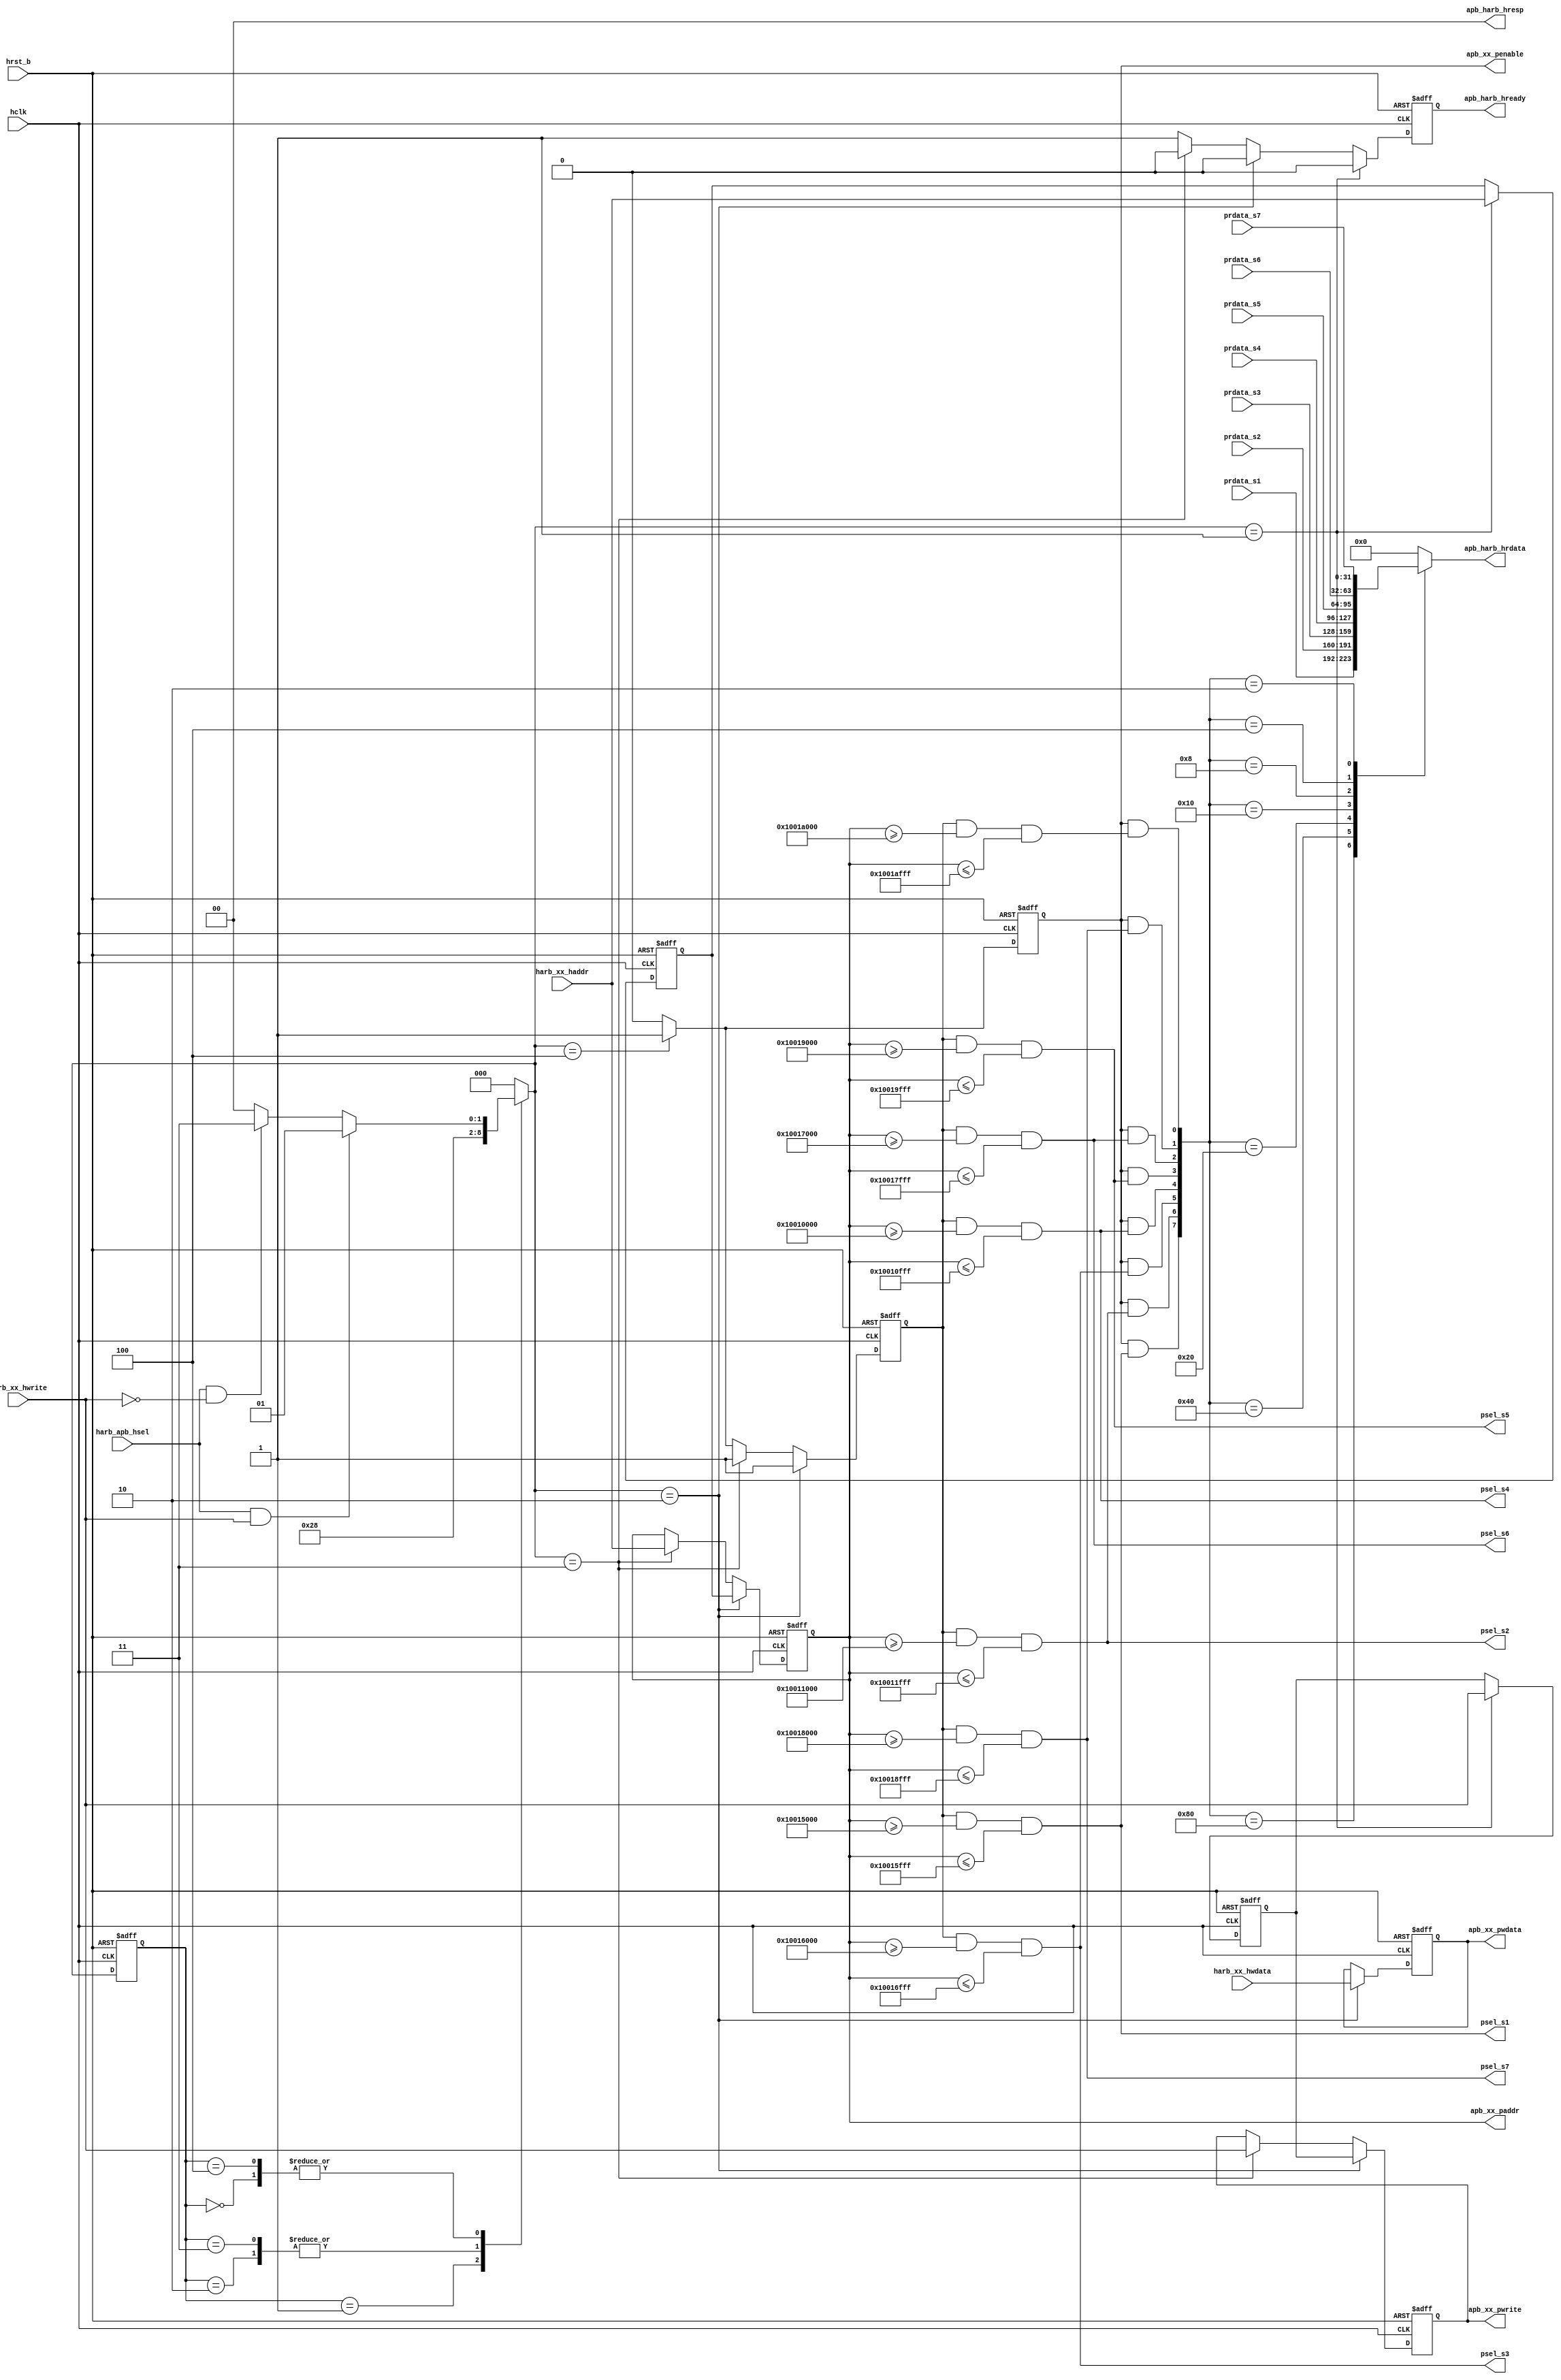
// This program was cloned from: https://github.com/T-head-Semi/openc910
// License: Apache License 2.0

/*Copyright 2019-2021 T-Head Semiconductor Co., Ltd.

Licensed under the Apache License, Version 2.0 (the "License");
you may not use this file except in compliance with the License.
You may obtain a copy of the License at

    http://www.apache.org/licenses/LICENSE-2.0

Unless required by applicable law or agreed to in writing, software
distributed under the License is distributed on an "AS IS" BASIS,
WITHOUT WARRANTIES OR CONDITIONS OF ANY KIND, either express or implied.
See the License for the specific language governing permissions and
limitations under the License.
*/



















`define PS1_BASE_START 40'h10015000
`define PS1_BASE_END   40'h10015fff

`define PS2_BASE_START 40'h10011000
`define PS2_BASE_END   40'h10011fff

`define PS3_BASE_START 40'h10016000
`define PS3_BASE_END   40'h10016fff

`define PS4_BASE_START 40'h10010000
`define PS4_BASE_END   40'h10010fff

`define PS5_BASE_START 40'h10019000
`define PS5_BASE_END   40'h10019fff

`define PS6_BASE_START 40'h10017000
`define PS6_BASE_END   40'h10017fff

`define PS7_BASE_START 40'h10018000
`define PS7_BASE_END   40'h10018fff

`define PS8_BASE_START 40'h1001A000
`define PS8_BASE_END   40'h1001Afff


module apb_bridge(
  apb_harb_hrdata,
  apb_harb_hready,
  apb_harb_hresp,
  apb_xx_paddr,
  apb_xx_penable,
  apb_xx_pwdata,
  apb_xx_pwrite,
  harb_apb_hsel,
  harb_xx_haddr,
  harb_xx_hwdata,
  harb_xx_hwrite,
  hclk,
  hrst_b,
  prdata_s1,
  prdata_s2,
  prdata_s3,
  prdata_s4,
  prdata_s5,
  prdata_s6,
  prdata_s7,
  psel_s1,
  psel_s2,
  psel_s3,
  psel_s4,
  psel_s5,
  psel_s6,
  psel_s7
);


input           harb_apb_hsel;  
input   [39:0]  harb_xx_haddr;  
input   [31:0]  harb_xx_hwdata; 
input           harb_xx_hwrite; 
input           hclk;           
input           hrst_b;         
input   [31:0]  prdata_s1;      
input   [31:0]  prdata_s2;      
input   [31:0]  prdata_s3;      
input   [31:0]  prdata_s4;      
input   [31:0]  prdata_s5;      
input   [31:0]  prdata_s6;      
input   [31:0]  prdata_s7;      
output  [31:0]  apb_harb_hrdata; 
output          apb_harb_hready; 
output  [1 :0]  apb_harb_hresp; 
output  [39:0]  apb_xx_paddr;   
output          apb_xx_penable; 
output  [31:0]  apb_xx_pwdata;  
output          apb_xx_pwrite;  
output          psel_s1;        
output          psel_s2;        
output          psel_s3;        
output          psel_s4;        
output          psel_s5;        
output          psel_s6;        
output          psel_s7;        


reg     [31:0]  apb_harb_hrdata; 
reg             apb_harb_hready; 
reg     [39:0]  apb_xx_paddr;   
reg             apb_xx_penable; 
reg             apb_xx_psel;    
reg     [31:0]  apb_xx_pwdata;  
reg             apb_xx_pwrite;  
reg     [2 :0]  cur_state;      
reg     [39:0]  haddr_latch;    
reg             hwrite_latch;   
reg     [2 :0]  nxt_state;      


wire    [1 :0]  apb_harb_hresp; 
wire            busy_s1;        
wire            busy_s2;        
wire            busy_s3;        
wire            busy_s4;        
wire            busy_s5;        
wire            busy_s6;        
wire            busy_s7;        
wire            busy_s8;        
wire            enable_latch;   
wire            enable_r_select; 
wire            harb_apb_hsel;  
wire    [39:0]  harb_xx_haddr;  
wire    [31:0]  harb_xx_hwdata; 
wire            harb_xx_hwrite; 
wire            hclk;           
wire            hrst_b;         
wire            idle_latch;     
wire            idle_r_select;  
wire    [31:0]  prdata_s1;      
wire    [31:0]  prdata_s2;      
wire    [31:0]  prdata_s3;      
wire    [31:0]  prdata_s4;      
wire    [31:0]  prdata_s5;      
wire    [31:0]  prdata_s6;      
wire    [31:0]  prdata_s7;      
wire            psel_s1;        
wire            psel_s2;        
wire            psel_s3;        
wire            psel_s4;        
wire            psel_s5;        
wire            psel_s6;        
wire            psel_s7;        
wire            psel_s8;        



assign apb_harb_hresp[1:0] = 2'b0;


parameter IDLE     = 3'b000;
parameter LATCH    = 3'b001;
parameter W_SELECT = 3'b010;
parameter R_SELECT = 3'b011;
parameter ENABLE   = 3'b100;

always @(posedge hclk or negedge hrst_b)
begin
  if(!hrst_b) 
  begin
    cur_state[2:0] <= IDLE;
  end
  else 
  begin
    cur_state[2:0] <= nxt_state[2:0];
  end
end

assign idle_latch       = harb_apb_hsel && harb_xx_hwrite;
assign idle_r_select    = harb_apb_hsel && !harb_xx_hwrite;
assign enable_latch     = harb_apb_hsel && harb_xx_hwrite;
assign enable_r_select  = harb_apb_hsel && !harb_xx_hwrite;


always @( enable_r_select
       or idle_latch
       or idle_r_select
       or enable_latch
       or cur_state[2:0])
begin
nxt_state[2:0] = IDLE;
case(cur_state[2:0])
  IDLE: 
  begin
    if(idle_latch) 
    begin
      nxt_state[2:0] = LATCH;
    end
    else if(idle_r_select)
    begin
      nxt_state[2:0] = R_SELECT;
    end
    else
    begin
      nxt_state[2:0] = IDLE;
    end
  end
  LATCH: 
  begin
    nxt_state[2:0] = W_SELECT;
  end
  W_SELECT: 
  begin
    nxt_state[2:0] = ENABLE;
  end
  R_SELECT: 
  begin
    nxt_state[2:0] = ENABLE;
  end
  ENABLE: 
  begin
    if(enable_latch) 
    begin
      nxt_state[2:0] = LATCH;
    end
    else if(enable_r_select)
    begin
      nxt_state[2:0] = R_SELECT;
    end
    else
    begin
      nxt_state[2:0] = IDLE;
    end
  end
endcase

end


always @(posedge hclk or negedge hrst_b)
begin
  if(!hrst_b) 
  begin
    haddr_latch[39:0]  <= 40'b0;
    hwrite_latch       <= 1'b0;
  end
  else if(nxt_state[2:0]==LATCH) 
  begin
    haddr_latch[39:0] <= harb_xx_haddr[39:0];
    hwrite_latch      <= harb_xx_hwrite;
  end
  else 
  begin
    haddr_latch[39:0] <= haddr_latch[39:0];
    hwrite_latch      <= hwrite_latch;
  end
end

always @(posedge hclk or negedge hrst_b)
begin
  if(!hrst_b) 
  begin
    apb_xx_paddr[39:0]  <= 40'b0;
    apb_xx_pwrite       <= 1'b0;
  end
  else if(nxt_state[2:0]==W_SELECT) 
  begin
    apb_xx_paddr[39:0]  <= haddr_latch[39:0];
    apb_xx_pwrite       <= hwrite_latch;
  end
  else if(nxt_state[2:0]==R_SELECT) 
  begin
    apb_xx_paddr[39:0]  <= harb_xx_haddr[39:0];
    apb_xx_pwrite       <= harb_xx_hwrite;
  end
  else 
  begin
    apb_xx_paddr[39:0]  <= apb_xx_paddr[39:0];
    apb_xx_pwrite       <= apb_xx_pwrite;
  end
end

always @(posedge hclk or negedge hrst_b)
begin
  if(!hrst_b) 
  begin
    apb_xx_pwdata[31:0] <= 32'b0;
  end
  else if(nxt_state[2:0]==W_SELECT) 
  begin
    apb_xx_pwdata[31:0] <= harb_xx_hwdata[31:0];
  end
  else 
  begin
    apb_xx_pwdata[31:0] <= apb_xx_pwdata[31:0];
  end
end

always @(posedge hclk or negedge hrst_b)
begin
  if(!hrst_b)
  begin
    apb_xx_psel <= 1'b0;
  end
  else if(nxt_state[2:0]==W_SELECT)
  begin
    apb_xx_psel <= 1'b1;
  end
  else if(nxt_state[2:0]==R_SELECT)
  begin
    apb_xx_psel <= 1'b1;
  end
  else if(nxt_state[2:0]==ENABLE)
  begin
    apb_xx_psel <= 1'b1;
  end
  else
  begin
    apb_xx_psel <= 1'b0;
  end
end

always @(posedge hclk or negedge hrst_b)
begin
  if(!hrst_b)
  begin
    apb_xx_penable <= 1'b0;
  end
  else if(nxt_state[2:0]==ENABLE)
  begin
    apb_xx_penable <= 1'b1;
  end
  else
  begin
    apb_xx_penable <= 1'b0;
  end
end

always @(posedge hclk or negedge hrst_b)
begin
  if(!hrst_b)
  begin
    apb_harb_hready <= 1'b1;
  end
  else if(nxt_state[2:0]==LATCH)
  begin
    apb_harb_hready <= 1'b0;
  end
  else if(nxt_state[2:0]==W_SELECT)
  begin
    apb_harb_hready <= 1'b0;
  end
  else if(nxt_state[2:0]==R_SELECT)
  begin
    apb_harb_hready <= 1'b0;
  end
  else
  begin
    apb_harb_hready <= 1'b1;
  end
end


assign psel_s1 = apb_xx_psel && (apb_xx_paddr>=`PS1_BASE_START) && (apb_xx_paddr<=`PS1_BASE_END);
assign psel_s2 = apb_xx_psel && (apb_xx_paddr>=`PS2_BASE_START) && (apb_xx_paddr<=`PS2_BASE_END);
assign psel_s3 = apb_xx_psel && (apb_xx_paddr>=`PS3_BASE_START) && (apb_xx_paddr<=`PS3_BASE_END);
assign psel_s4 = apb_xx_psel && (apb_xx_paddr>=`PS4_BASE_START) && (apb_xx_paddr<=`PS4_BASE_END);
assign psel_s5 = apb_xx_psel && (apb_xx_paddr>=`PS5_BASE_START) && (apb_xx_paddr<=`PS5_BASE_END);
assign psel_s6 = apb_xx_psel && (apb_xx_paddr>=`PS6_BASE_START) && (apb_xx_paddr<=`PS6_BASE_END);
assign psel_s7 = apb_xx_psel && (apb_xx_paddr>=`PS7_BASE_START) && (apb_xx_paddr<=`PS7_BASE_END);
assign psel_s8 = apb_xx_psel && (apb_xx_paddr>=`PS8_BASE_START) && (apb_xx_paddr<=`PS8_BASE_END);















assign busy_s1 = apb_xx_penable && psel_s1;
assign busy_s2 = apb_xx_penable && psel_s2;
assign busy_s3 = apb_xx_penable && psel_s3;
assign busy_s4 = apb_xx_penable && psel_s4;
assign busy_s5 = apb_xx_penable && psel_s5;
assign busy_s6 = apb_xx_penable && psel_s6;
assign busy_s7 = apb_xx_penable && psel_s7;
assign busy_s8 = apb_xx_penable && psel_s8;


always @( busy_s3
       or busy_s4
       or busy_s7
       or busy_s2
       or prdata_s5[31:0]
       or busy_s6
       or prdata_s6[31:0]
       or busy_s5
       or busy_s1
       or prdata_s1[31:0]
       or busy_s8
       or prdata_s4[31:0]
       or prdata_s2[31:0]
       or prdata_s3[31:0]
       or prdata_s7[31:0])
begin
case({busy_s1,busy_s2,busy_s3,busy_s4,busy_s5,busy_s6,busy_s7,busy_s8})
  8'b10000000:
  begin
    apb_harb_hrdata[31:0] = prdata_s1[31:0] ;
  end
  8'b01000000:
  begin
    apb_harb_hrdata[31:0]  = prdata_s2[31:0] ;
  end
  8'b00100000:
  begin
    apb_harb_hrdata[31:0]  = prdata_s3[31:0] ;
  end
  8'b00010000:
  begin
    apb_harb_hrdata[31:0]  = prdata_s4[31:0] ;
  end
  8'b00001000:
  begin
    apb_harb_hrdata[31:0]  = prdata_s5[31:0] ;
  end
  8'b00000100:
  begin
    apb_harb_hrdata[31:0]  = prdata_s6[31:0];
  end
  8'b00000010:
  begin
    apb_harb_hrdata[31:0]  = prdata_s7[31:0] ;
  end
  8'b00000001:
  begin
    apb_harb_hrdata[31:0]  = 32'h0 ;
  end
  default:
  begin
    apb_harb_hrdata[31:0]  = 32'b0;
  end
endcase

end


endmodule